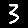
Digit: 3